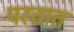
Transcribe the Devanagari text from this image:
परतात